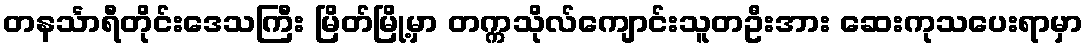
တနင်္သာရီတိုင်းဒေသကြီး မြိတ်မြို့မှာ တက္ကသိုလ်ကျောင်းသူတဦးအား ဆေးကုသပေးရာမှာ